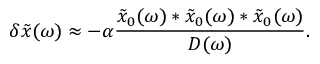
\delta \tilde { x } ( \omega ) \approx - \alpha \frac { \tilde { x } _ { 0 } ( \omega ) * \tilde { x } _ { 0 } ( \omega ) * \tilde { x } _ { 0 } ( \omega ) } { D ( \omega ) } .